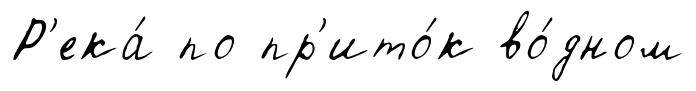
Р'ека́ по пр'ито́к во́дном